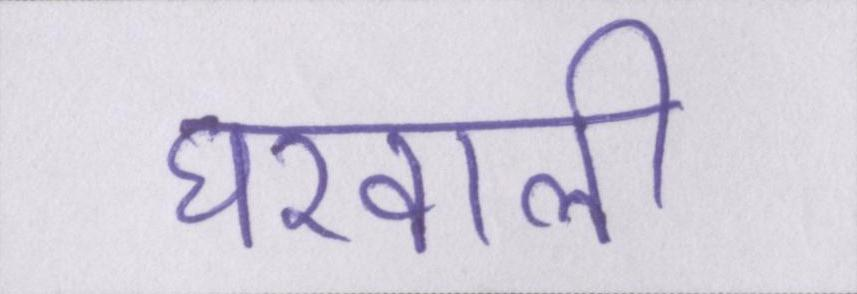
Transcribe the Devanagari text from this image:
घरवाली